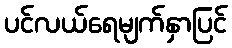
ပင်လယ်ရေမျက်နှာပြင်